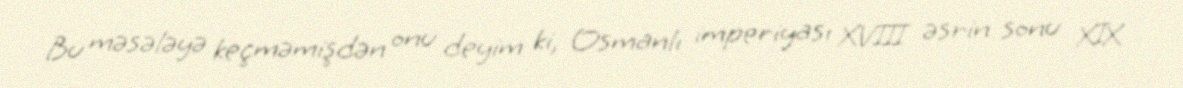
Bu məsələyə keçməmişdən onu deyim ki, Osmanlı imperiyası XVIII əsrin sonu XIX